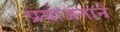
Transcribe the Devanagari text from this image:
प्रयोजनाने